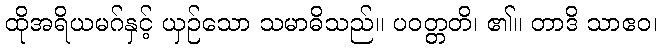
ထိုအရိယမဂ်နှင့် ယှဉ်သော သမာဓိသည်။ ပဝတ္တတိ၊ ၏။ တာဒိ သာဧဝ၊